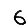
Digit: 6